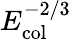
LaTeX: E_{\mathrm{col}}^{-2/3}